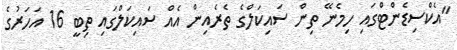
"އެކްސިޑެންޓްގައި ހިމެނޭ ތިން ސައިކަލްގެ ތެރެއިން އެއް ސައިކަލްގައި ތިބީ 16 އަހަރުގެ